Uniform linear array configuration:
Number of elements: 4
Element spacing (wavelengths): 0.75
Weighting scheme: cosine
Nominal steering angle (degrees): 0
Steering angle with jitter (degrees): -1.394
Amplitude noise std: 0.05
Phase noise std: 0.05

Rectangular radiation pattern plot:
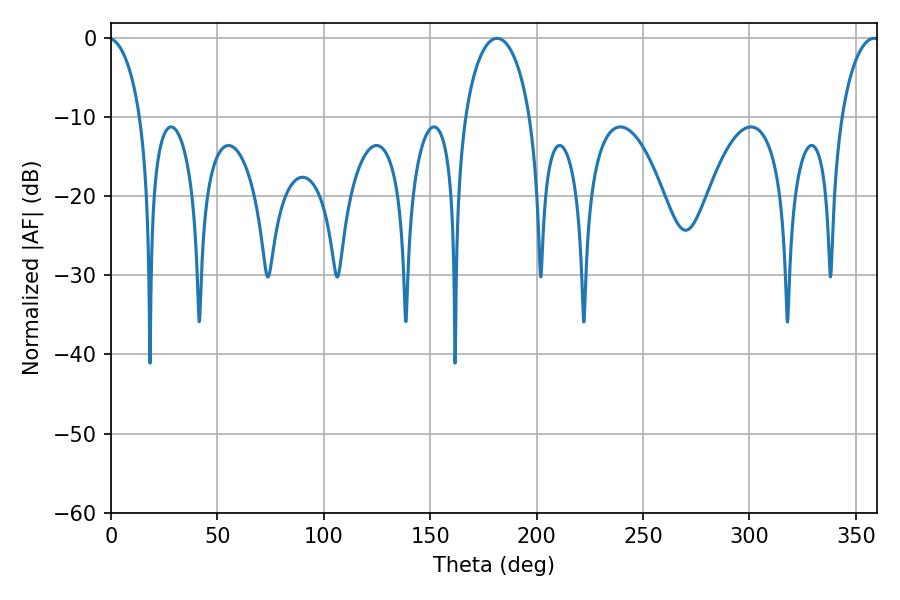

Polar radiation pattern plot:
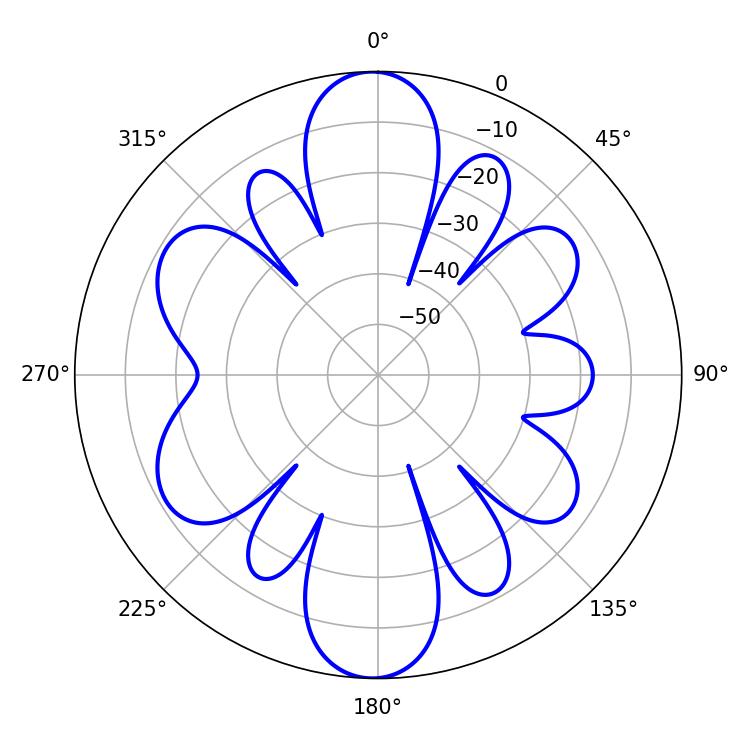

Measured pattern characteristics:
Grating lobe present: TRUE
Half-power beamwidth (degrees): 17.64
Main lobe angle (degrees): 181.44